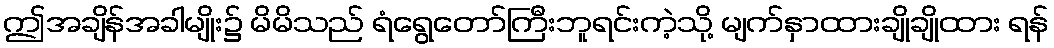
ဤအချိန်အခါမျိုး၌ မိမိသည် ရံရွေတော်ကြီးဘူရင်းကဲ့သို့ မျက်နှာထားချိုချိုထား ရန်